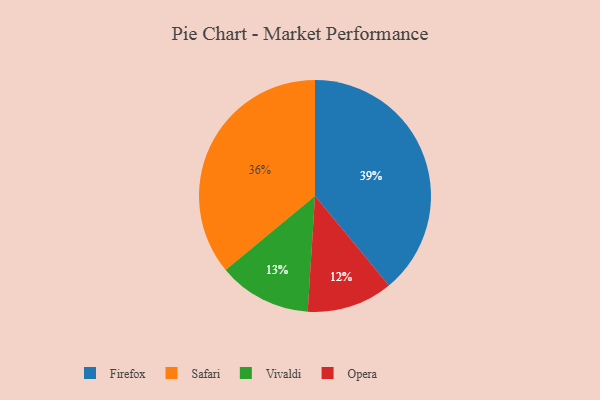
{"axis": {"x": "Category", "y": "Percentage"}, "legend": ["Firefox", "Opera", "Safari", "Vivaldi"], "data": [{"x": "Opera", "y": 12, "type": "Opera"}, {"x": "Vivaldi", "y": 13, "type": "Vivaldi"}, {"x": "Safari", "y": 36, "type": "Safari"}, {"x": "Firefox", "y": 39, "type": "Firefox"}]}